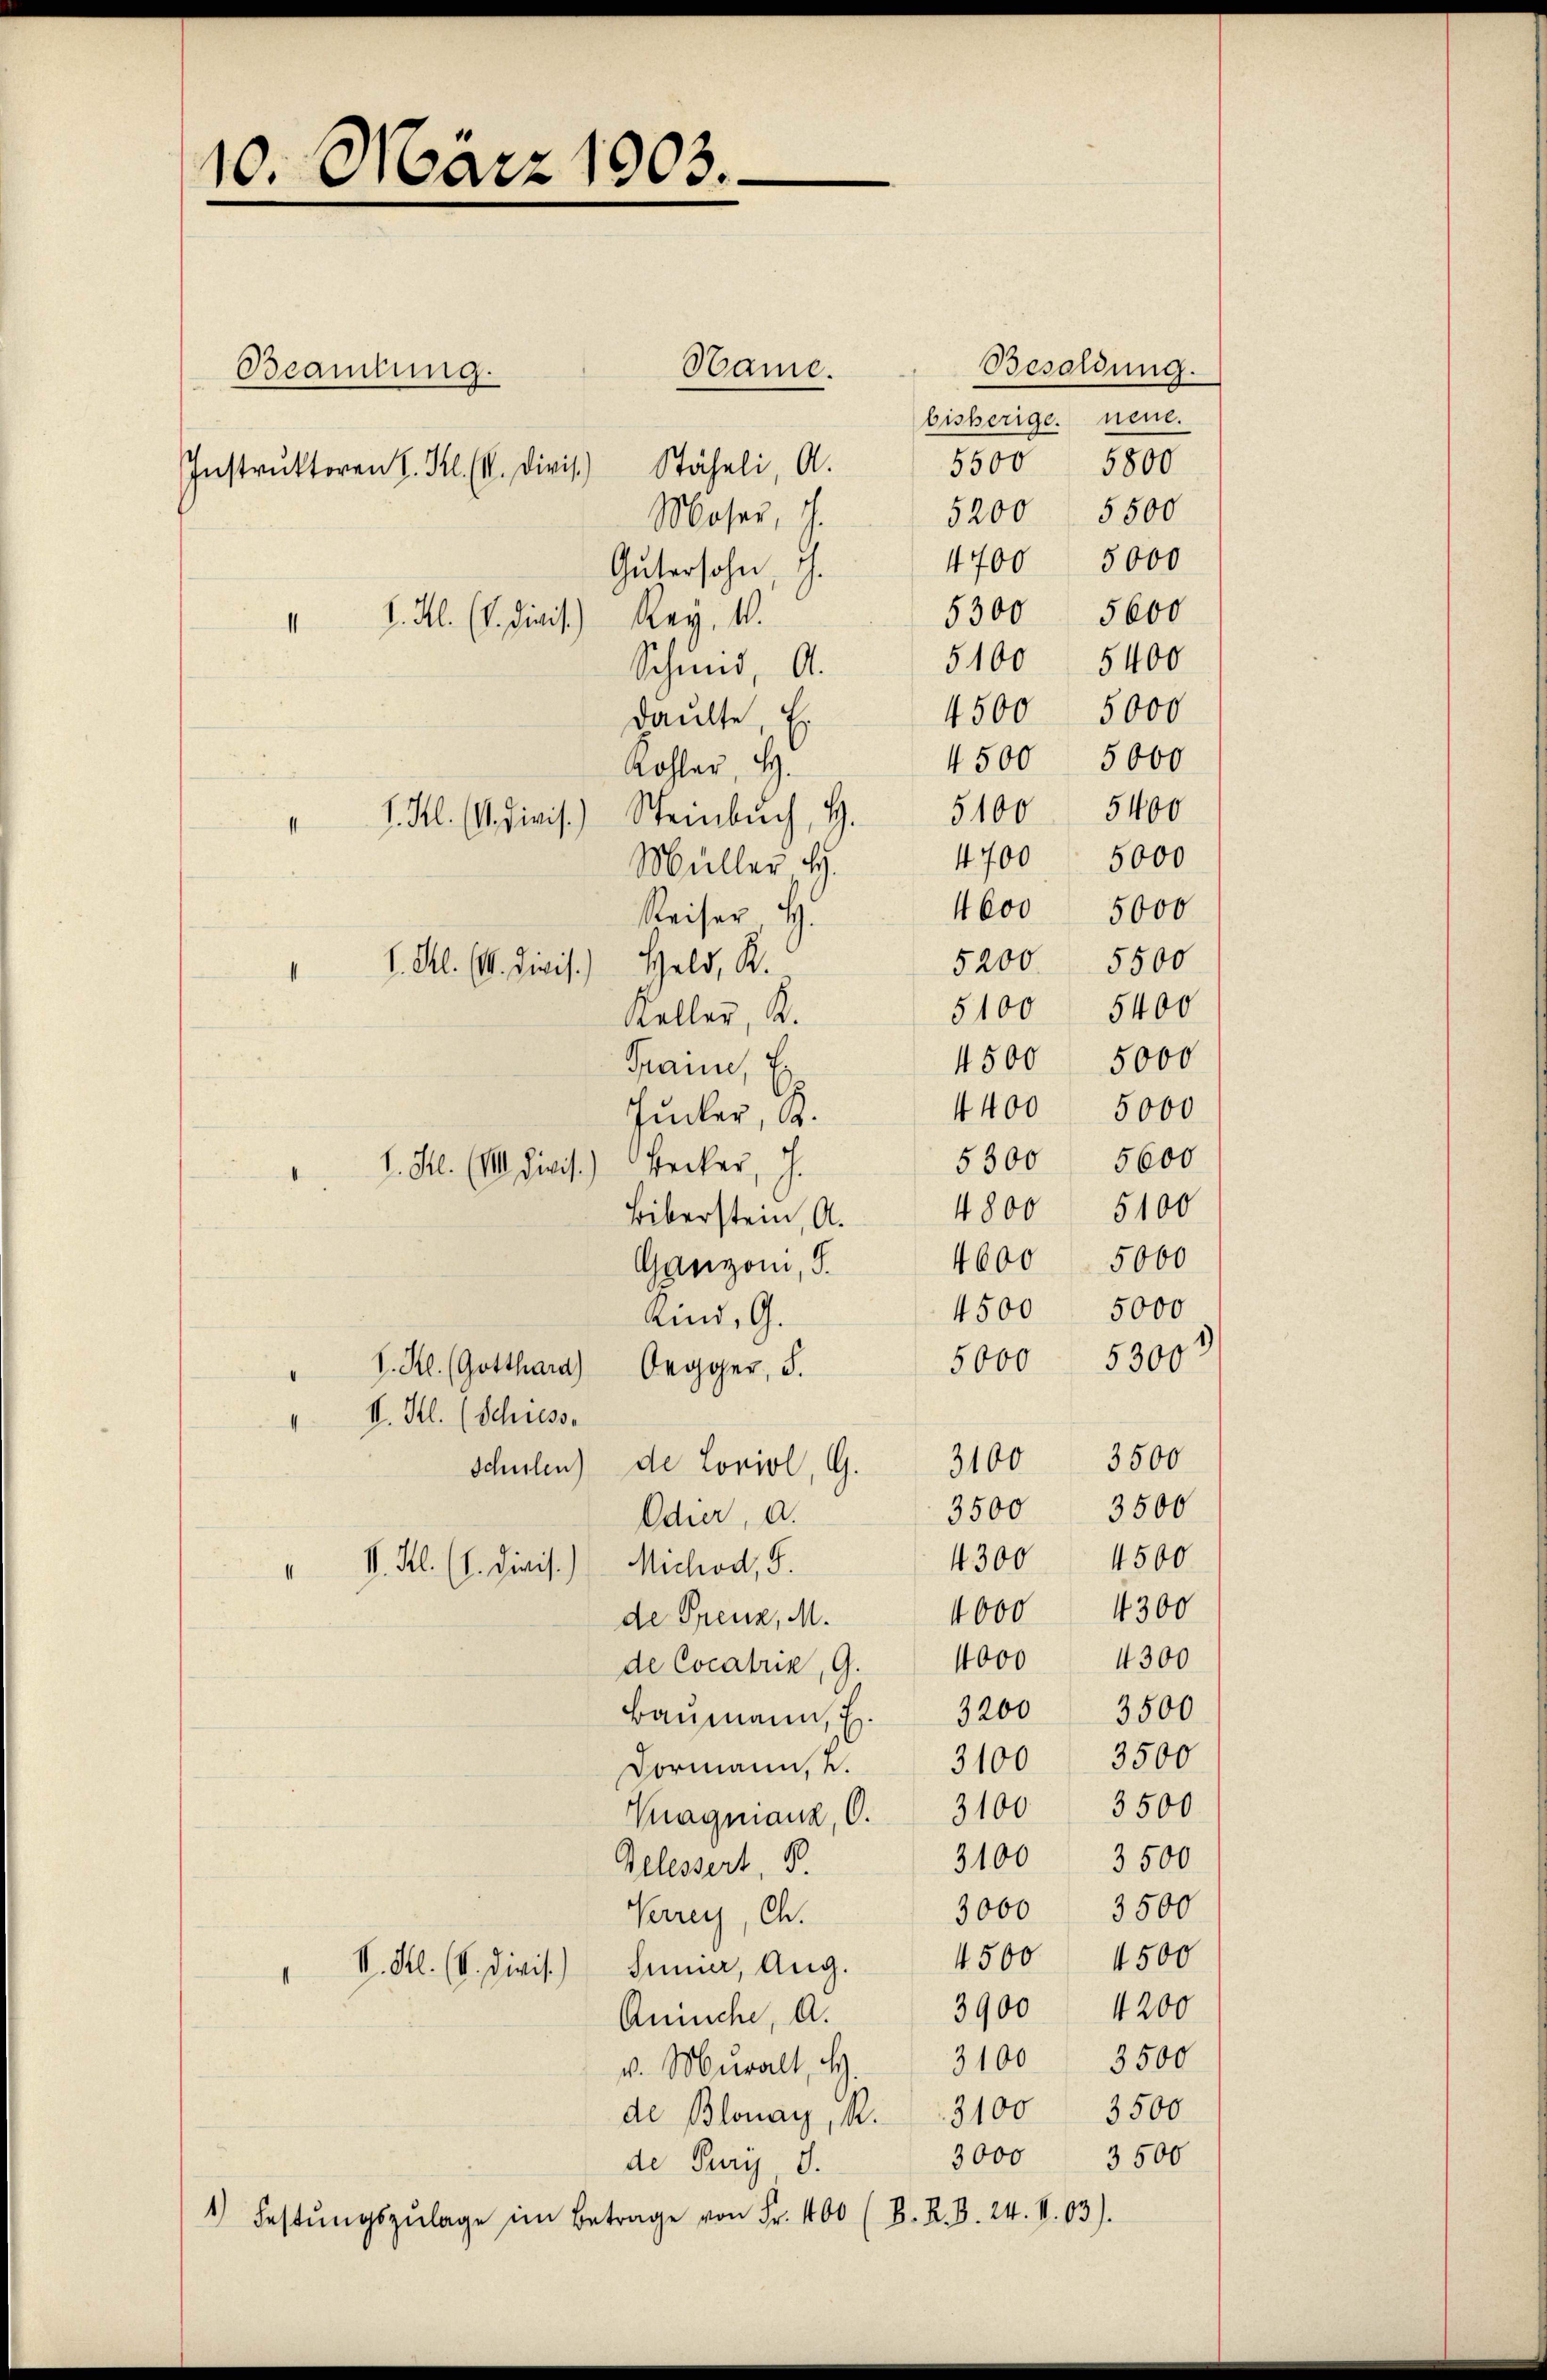
10. März 1903.

Name.
Beamtung.
Instruktoren I. Kl. II. Divis. Stäheli, A.
Moser, J.
Gütersohn, dh.
 d. M. (v. Divis.) Rey, 10.
Schend, A.
dankte, E
Kohler, H.
" I. Kl. (4. Divis.) Steinbŭch, H. 5100. 5400
Müller H.
Reiser, H.
. Frl. (16. Divis.) Held, K.
.
Keller, K.
Traine, E
Jucker, K.
I. Frl. (III. Divis.) Becker, J.
Liberstein, A.
Ganzon, S.
Kind, G.
V. Kl. (Gotthard Oegger, S.
.
" I. Frl. (Schresse
schulen de Loniol, G. 3100 3500
3500
3500
Odier, a.
4300 4500
" I. Kl. (l. Divis.) Michod, S.
4000 4300
de Grenz, M.
de Cocatria, 9. 4000 4300
Baŭmann . 3200 3500
Formann, 2. 3100 3500
Kragnianz, S. 3100 3500
3100 3500
Gelessert, P.
3000 3500
Krrey, Ch.
4500 4500
II. Kl. (V. Divis.) Sinner, Aug.
.
3900 4200
Aninche, d.
v. Muralt, S. 3100 3500
de Blonay, R. 3100 3500
3000 3500
de Pury d.
1) Festŭngszŭlage im Betrage von Fr. 400 (B. K. B. 24. V. 03).

Besoldung.
bisherige. neue.
5500 5800
5200 5500
4400 5000
5300 5600
5100 5400
4500 5000
4500 5000
4700 5000
4600 5000
5200 5500
5100 5400
5000
4500
4400 5000
5300 5600
4800 5100
4600 5000
5000
4500
5000 5300